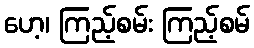
ဟေ့၊ ကြည့်စမ်း ကြည့်စမ်